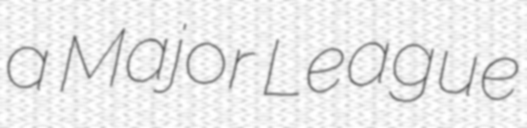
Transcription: a Major League